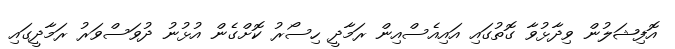
އޮފިޝަލުން ވިދާޅުވާ ގޮތުގައި އައިއެސްއިން ރަމާދީ ހިސޯރު ކޮށްގެން އުޅުނު ދުވަސްވަރު ރަމާދީގައި